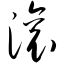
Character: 滚